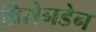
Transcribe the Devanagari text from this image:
ब्रिसेनडेन